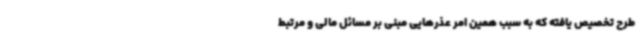
طرح تخصیص یافته که به سبب همین امر عذرهایی مبنی بر مسائل مالی و مرتبط